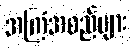
အကြံအစည်များ